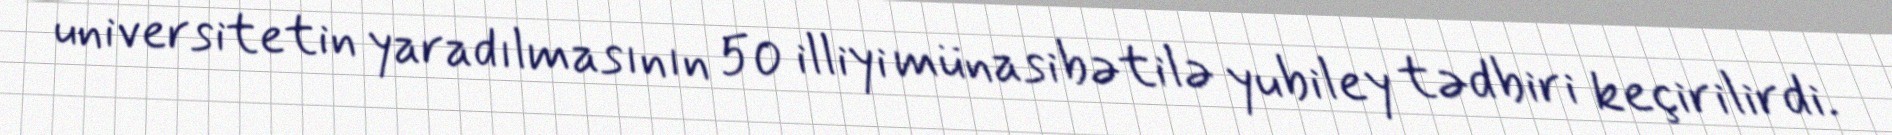
universitetin yaradılmasının 50 illiyi münasibətilə yubiley tədbiri keçirilirdi.